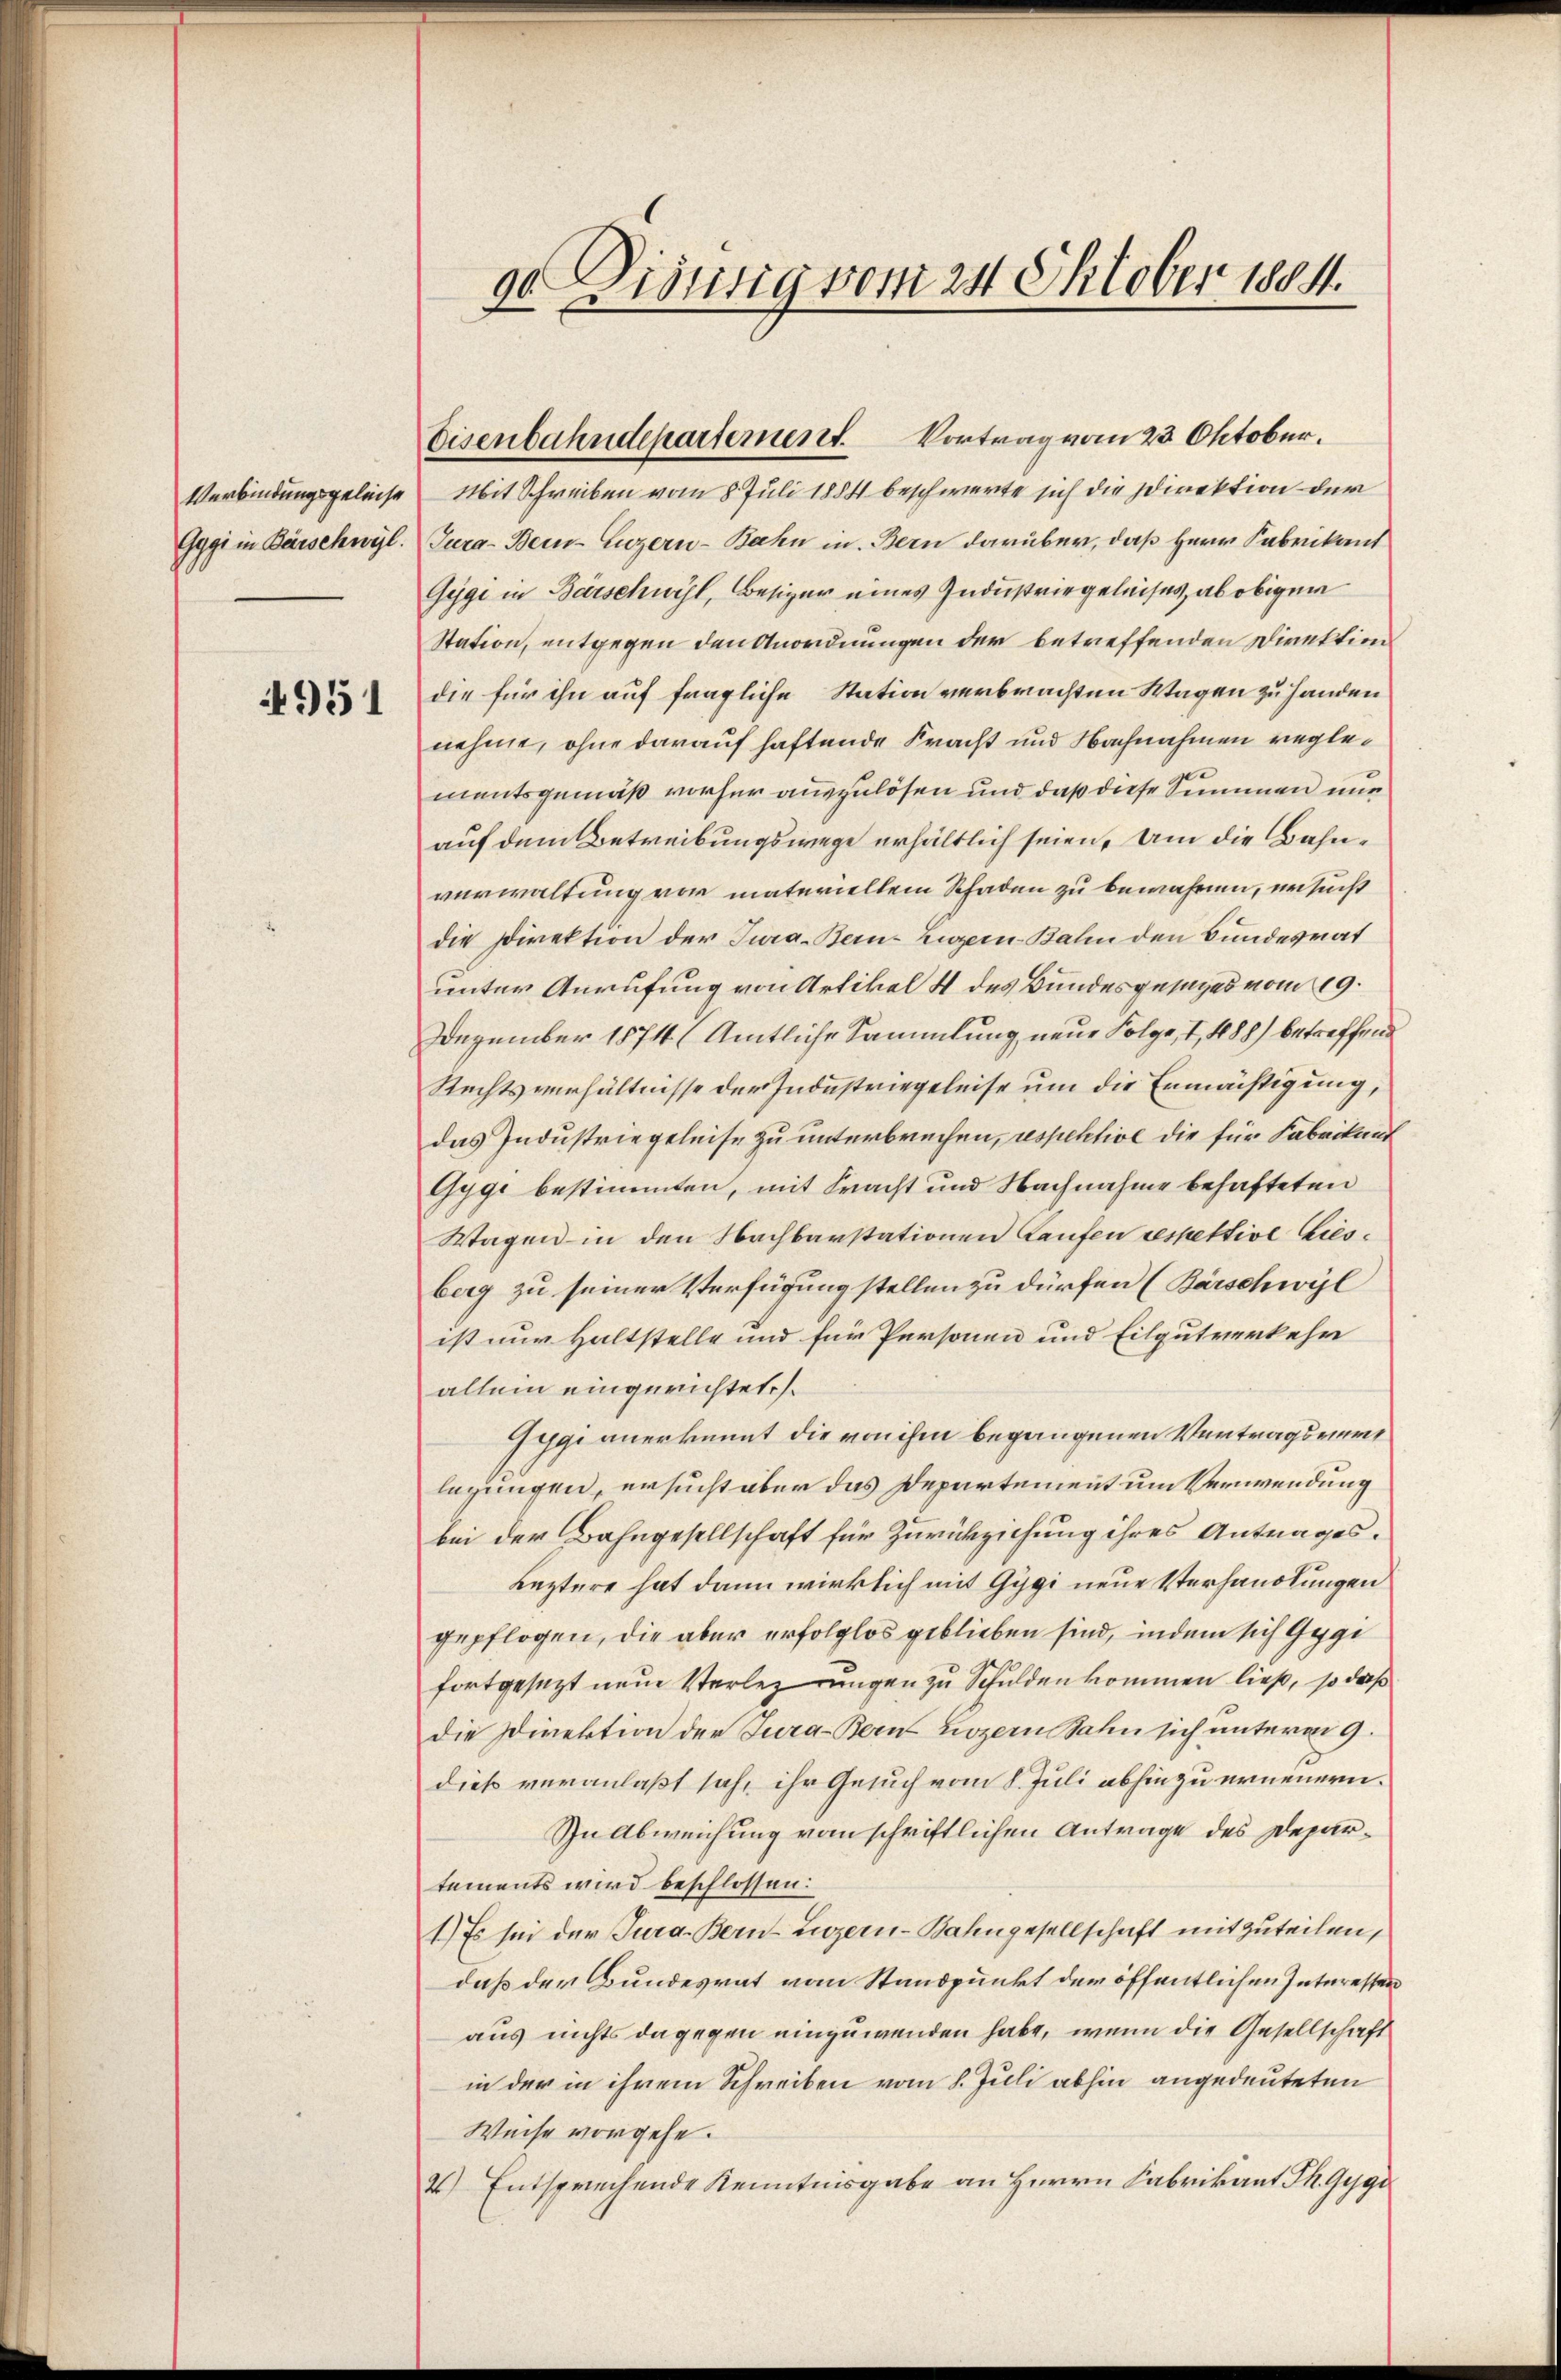
Verbindungsgeleise
Gygi in Barschwyl.

4951

90. Diensig vom 24. Oktober 1884.

Mit Schreiben vom 8. Juli 1884 beschwerte sich die Direktion der
Tura-Bein Luzern-Bahn in Bern darüber, daß Herr Fabrikant
Gegi in Barschwihl, Besizer eines Industriegeleises, ab obigen
Station, entgegen den Anordnungen der betreffenden Direktion
die für ihn auf fragliche Station verbrachten Wagen zu Handen
nehme, ohne darauf haftende Fracht und Nachnahmen reglementsgemäß vorher auszulösen und daß diese Summen nur
auf dem Betreibungswege erhältlich seien, um die Bahnverwaltung vor materiellem Schaden zu bewahren, ersucht
die Direktion der Tura-Bern, Luzern Balin den Bundesrat
unter Anrufung von Artikel 4 des Bundesgesezes vom 19.
Dezember 1874 (Amtliche Sammlung neue Folge, I 488) betreffend
Rechtsverhältnisse der Industriegeleise um die Ermächtigung,
das Industrie geleise zu unterbrechen, respektive die für Fabrikum
Gygi bestimmten, mit bracht und Nachnahme behafteten
Wagen in den Nachbarstationen Laufen respettive Liesberg zu seiner Verfügung stellen zu dürfen (Barschwyl
ist nur Haltstelle und für Personen und Eilgutverkehr
allein eingerichtete.
ygi anerkannt die von ihm begangenen Vertragseiner
legungen, ersucht aber das Departement um Verwendung
bei der Bahngesellschaft für Zurückziehung ihres Antrages.
Leztere hat dann wirklich mit Gygi neue Verhandlungen
gepflogen, die aber erfolglos geblieben sind, indem sich Gege
fortgesezt neue Verlez ungen zu Schulden kommen ließ, so daß
die Direktion der Jura-Bern nozern Bahn sich unterm 9.
dieß veranlaßt sah, ihr Gesuch vom 8. Juli abhin zu erneuern.
In Abweichung vom schriftlichen Antrage des Departements wird beschlossen:
1.) Es sei der Jura. Bern-Lozer-Bahngesellschaft mitzuteilen,
daß der Bundesrat vom Standpunkt der öffentlichen Interessen
aus nichts dagegen einzuwenden habe, wenn die Gesellschaft
in der in ihrem Schreiben vom 8. Juli abhin angedeuteten
Weise vorgehe.
2) Entsprechende Kenntnisgabe an Herrn Fabrikant Th. Gyge

Eisenbahndepartement. Vortrag vom 23 Oktober.